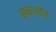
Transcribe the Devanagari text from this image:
आचारशौच